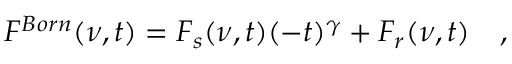
F ^ { B o r n } ( \nu , t ) = F _ { s } ( \nu , t ) ( - t ) ^ { \gamma } + F _ { r } ( \nu , t ) \quad ,